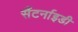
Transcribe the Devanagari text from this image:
सैंटर्नाइडी